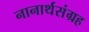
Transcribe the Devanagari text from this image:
नानार्थसंग्रह